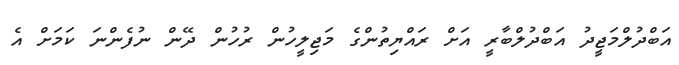
އަބްދުލްމަޖީދު އަބްދުލްބާރީ އަށް ރައްޔިތުންގެ މަޖިލީހުން ރުހުން ދޭން ނުފެންނަ ކަމަށް އެ